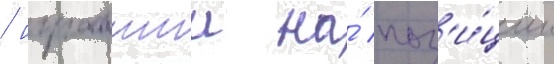
/ игравшии на́ поз'и́ции